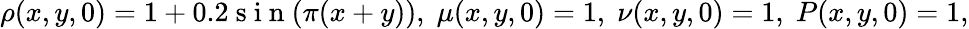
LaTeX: \rho(x,y,0)=1+0.2\mathrm{~s~i~n~}(\pi(x+y)),\; \mu(x,y,0)=1,\; \nu(x,y,0)=1,\; P(x,y,0)=1,